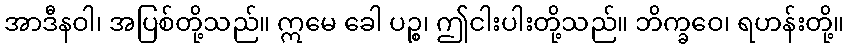
အာဒီနဝါ၊ အပြစ်တို့သည်။ ဣမေ ခေါ ပဉ္စ၊ ဤငါးပါးတို့သည်။ ဘိက္ခဝေ၊ ရဟန်းတို့။